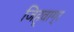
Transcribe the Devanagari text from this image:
जिह्वाग्र